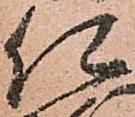
仁